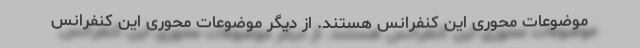
موضوعات محوری این کنفرانس هستند. از دیگر موضوعات محوری این کنفرانس